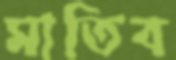
মাতিব